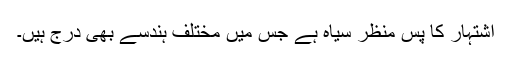
اشتہار کا پس منظر سیاہ ہے جس میں مختلف ہندسے بھی درج ہیں۔